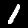
Digit: 1